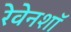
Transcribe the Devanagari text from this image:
रेवेनशॉ